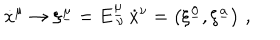
{ \dot { x } } ^ { \mu } \to \xi ^ { \underline { { { \mu } } } } = E _ { \ \nu } ^ { \underline { { { \mu } } } } \, { \dot { x } } ^ { \nu } = \left( \xi ^ { \underline { { { 0 } } } } , \xi ^ { \underline { { { a } } } } \right) \, ,